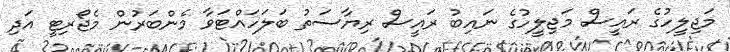
މަޖިލީހުގެ ރައީސް މަޖިލީހުގެ ނައިބު ރައީސް ރިޔާސަތު ބަލަހައްޓަވާ މެންބަރުން މެޖޯރިޓީ އަދި